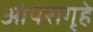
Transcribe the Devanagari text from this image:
ओपेरागृहे